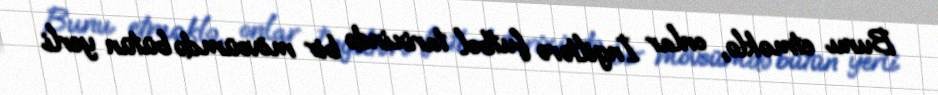
Bunu etməklə, onlar İngiltərə futbol tarixində bir mövsümdə bütün yerli